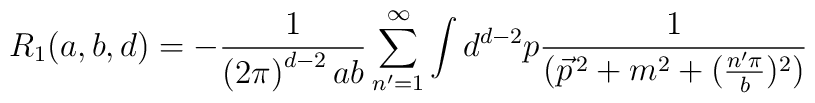
R_{1}(a,b,d)=-\frac{1}{\left( 2\pi \right) ^{d-2}ab}\sum_{n^{\prime }=1}^{\infty }\int d^{d-2}p\frac{1}{(\vec{p}^{\,2}+m^{2}+(\frac{n^{\prime }\pi}{b})^{2})}